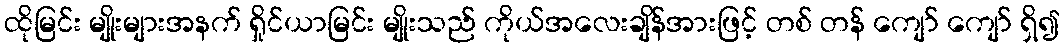
ထိုမြင်း မျိုးများအနက် ရှိုင်ယာမြင်း မျိုးသည် ကိုယ်အလေးချိန်အားဖြင့် တစ် တန် ကျော် ကျော် ရှိ၍